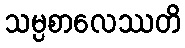
သမ္ပစာလေဿတိ